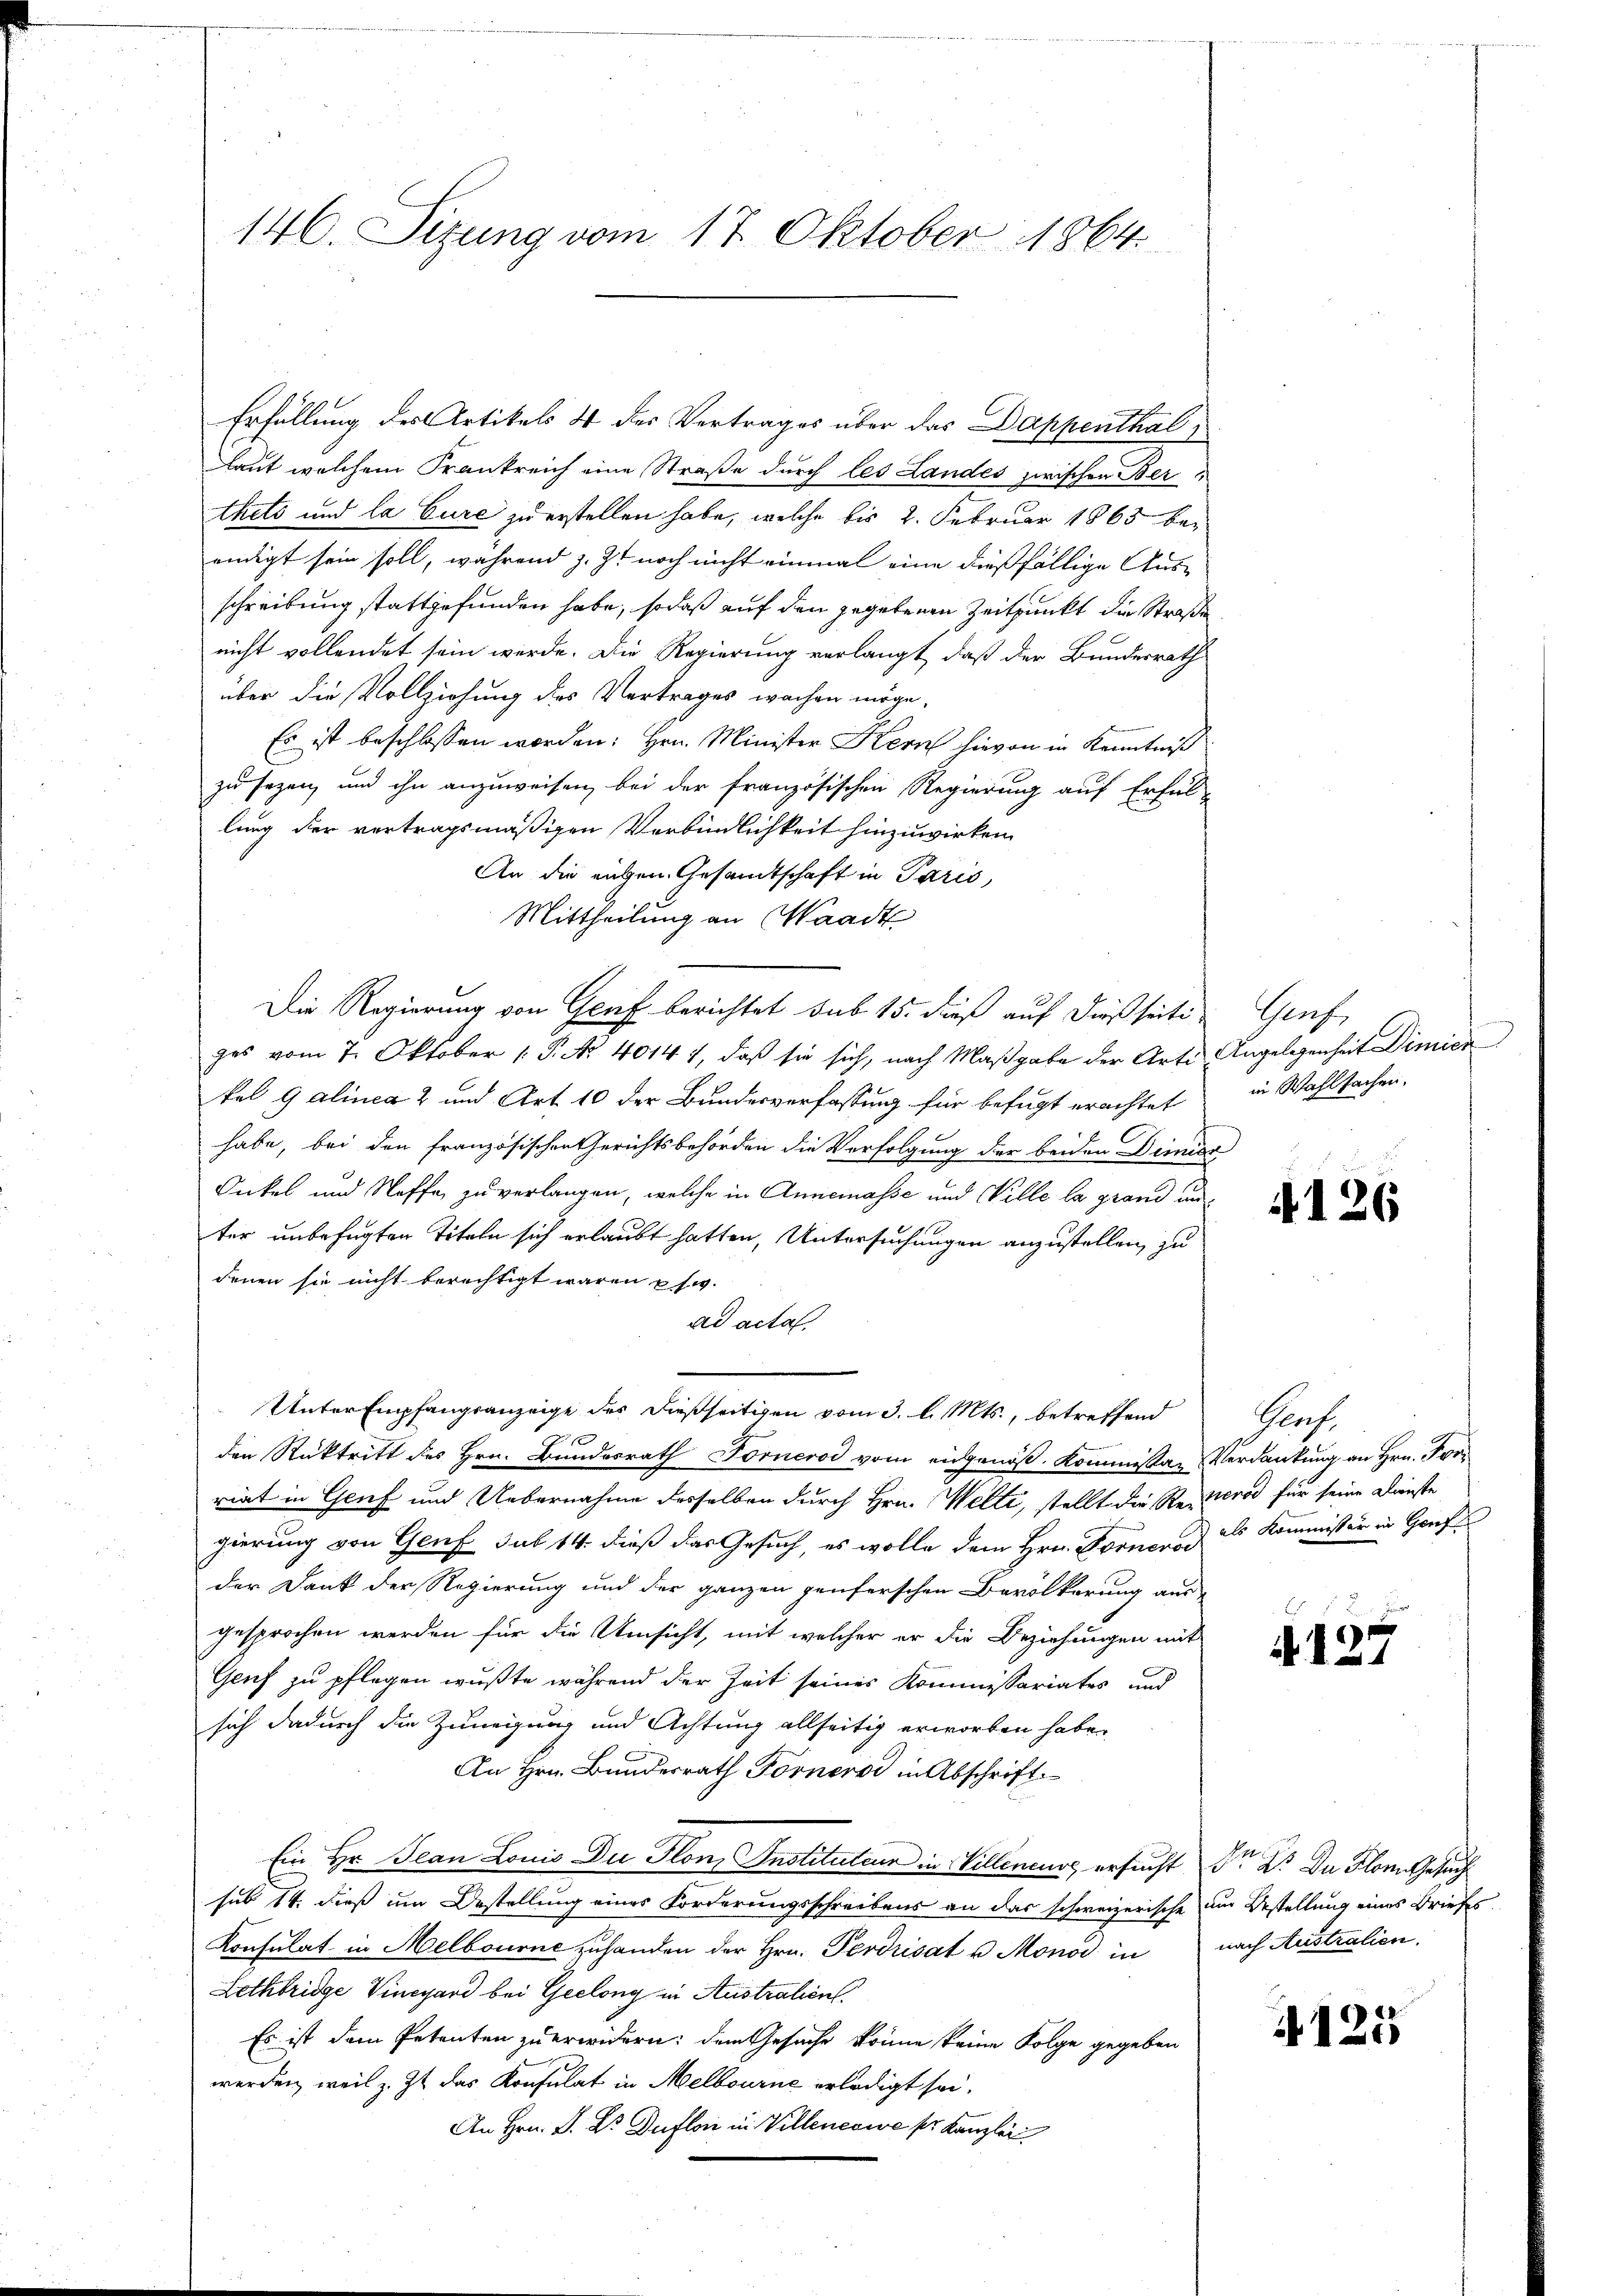
146. Sizung vom 17. Oktober 1864.

Erfüllung des Artikels 4 des Vertrages über das Dappenthal
laut welchem Frankreich eine Straße durch les Landes zwischen Ber
thets und la Cure zu erstellen habe, welche bis 2. Februar 1863 beendigt sein soll, während z. Z. noch nicht einmal eine dießfällige Ausschreibung stattgefunden habe, sodaß auf den gegebenen Zeitpunkt die Straße
nicht vollendet sein werde. Die Regierung verlangt, daß der Bundesrath
über die Vollziehung des Vertrages wachen möge,
Es ist beschlossen worden: Hrn. Minister Hern hievon in Kenntniß
zu sezen, und ihn anzuweisen, bei der französischen Regierung auf Erful-
lung der vertragsmäßigen Verbindlichkeit hinzuwirken
An die ruhen Gesandtschaft in Paris,
Mittheilung an Waadt
Die Regierung von Genf berichtet sub 15. dieß auf dießseits Gruf
zes vom 7. Oktober 1 P. Nr. 4014 1, daß sie sich, nach Maßgabe der Arte Angelegenheit Dimier
kal 9 alinea 2 und Art. 10 der Bundesverfassung für befugt erachtet
habe, bei den französischen Gerichtsbehörden die Verfolgung der beiden Dimiss
Onkel und Neffe zu verlangen, welche in Annemasse und Welle la grand un
ter unbefugten Titeln sich erlaubt hatten, Untersuchungen anzustellen, zu
denen sie nicht berechtigt waren usw.
ad acta.
Unter Empfangsanzeige des dießseitigen vom 3. l. Mts., betreffend
den Rücktritt des Hrn. Bundesrath Fornerod vom eidgenöß. Kommissan Verdankung an Hrn. Forriat in Genf und Uebernahme desselben durch Hrn. Welti, stellt die Rezerod für seine Dienste
gierung von Genf sub 14. dieß das Gesuch, es wolle dem Hrn. Forneroi
der Dank der Regierung und der ganzen penferschen Bevölkerung aus
gesprochen werden für die Umsicht, mit welcher er die Beziehungen mit
Genf zu pflegen wußte während der Zeit seines Kommissariates und
sich dadurch die Zuneigung und Achtung allseitig erworben habe,
An Hrn. Bundesrath Forner in Abschrift
Ein Hr. Jean Louis Du Flon, Instituteur in Willeneurs ersucht Sr H. Du Blom Gesuch
sub 14. dieß um Bestellung eines Forderungsschreibens an das schweizerische im Bestellung eines Briefes
Konsulat in Melbourne zuhanden der Hrn. Perdrisat u. Mono in nach Australien,
Lethbridge Vinégard bei Geelony in Australien.
Es ist dem Petenten zu erwidern: dem Gesuche könne keine Folge gegeben
werden, weil z. Zt. das Konsulat in Melbourne erledigt sei.
An Hrn. J. Dr. Duflor in Villenesie ser Kanzlei

in Wahlsachen.

4126

Prof.
als Kommissär in Genf

4. 197

4125